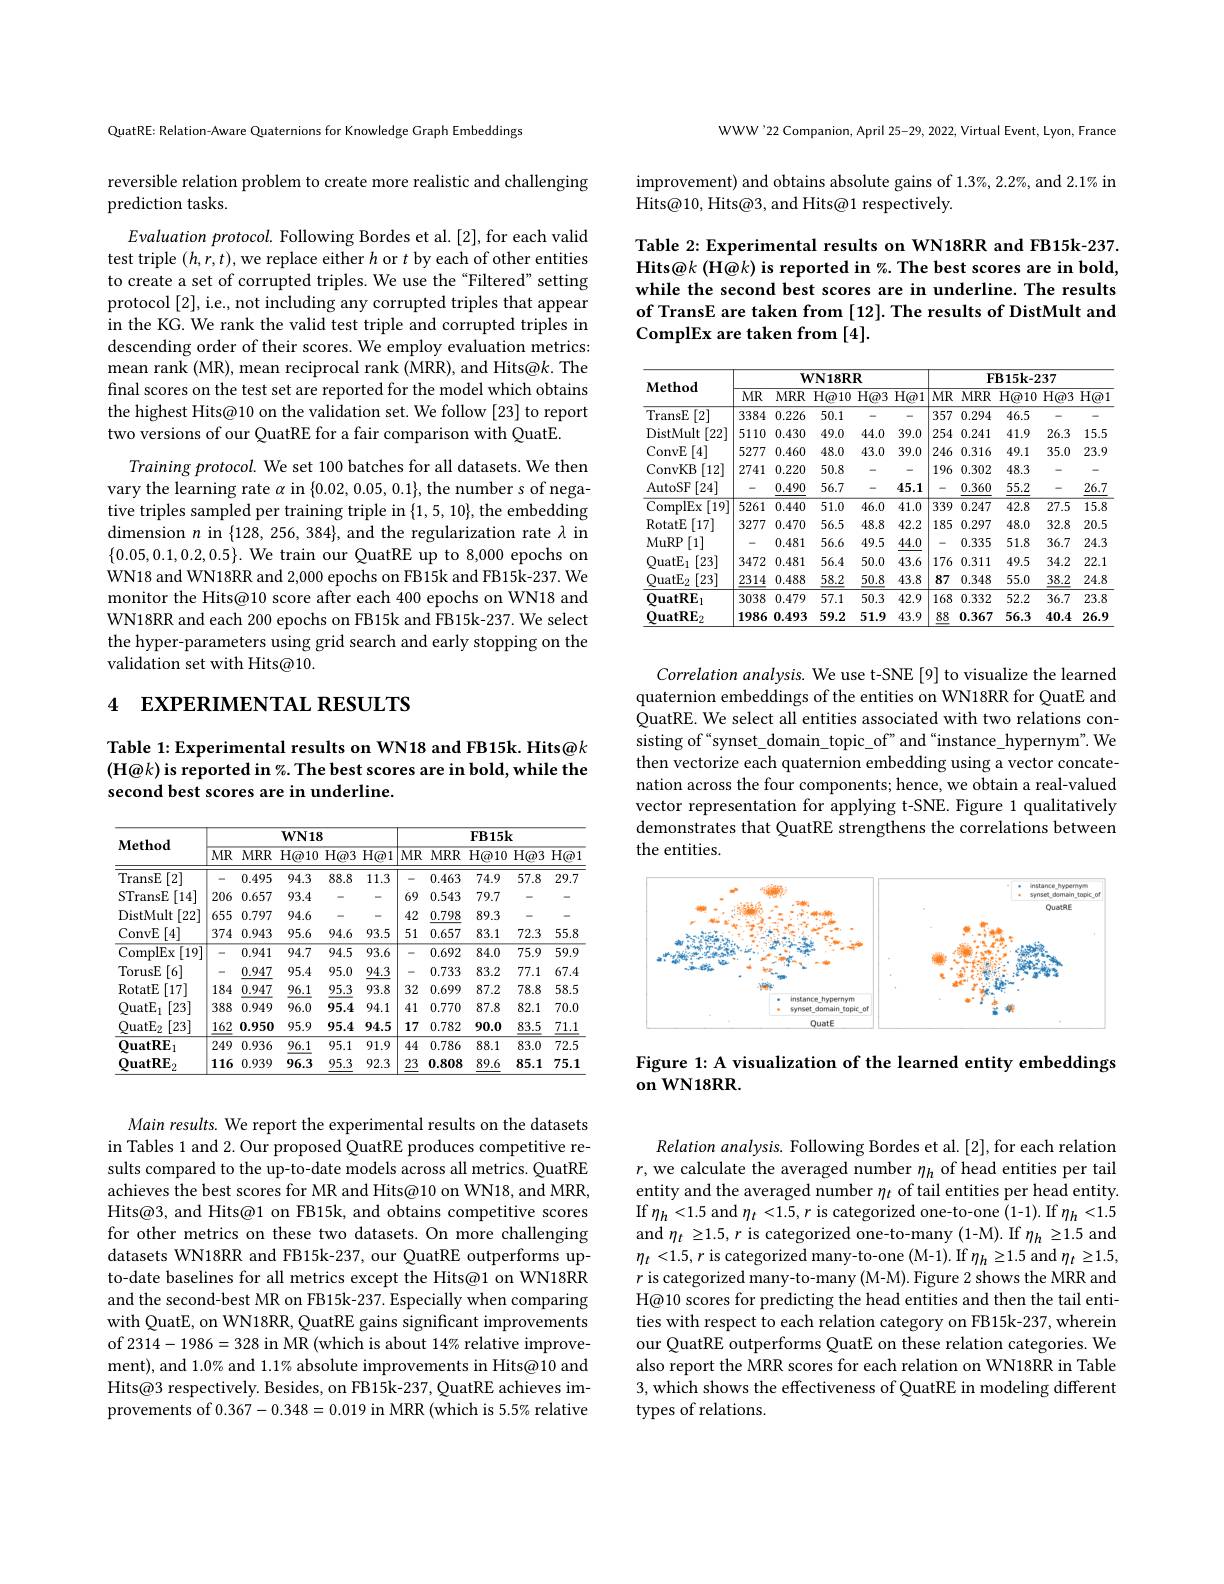
QuatRE: Relation-Aware Quaternions for Knowledge Graph Embeddings

reversible relation problem to create more realistic and challenging
prediction tasks.

Evaluation protocol. Following Bordes et al. [2], for each valid test triple $(h,r,t)$,we replace either $h$ or $t$ by each of other entities to create a set of corrupted triples. We use the“Filtered” setting protocol [2], i.e., not including any corrupted triples that appear in the KG. We rank the valid test triple and corrupted triples in descending order of their scores. We employ evaluation metrics: mean rank (MR), mean reciprocal rank (MRR), and Hits@k. The final scores on the test set are reported for the model which obtains the highest Hits@10 on the validation set. We follow [23] to report two versions of our QuatRE for a fair comparison with QuatE.
Training protocol. We set 100 batches for all datasets. We then vary the learning rate $\alpha$ in $\{0.02,0.05,0.1\}$, the number s of negative triples sampled per training triple in $\{1,5,10\}$, the embedding dimension $n$ in $\{128,256,384\}$, and the regularization rate $\lambda$ in $\{0.05,0.1,0.2,0.5\}.$ We train our QuatRE up to 8,000 epochs on WN18 and WN18RR and 2,000 epochs on FB15k and FB15k-237. We monitor the Hits@10 score after each 400 epochs on WN18 and WN18RR and each 200 epochs on FB15k and FB15k-237. We select the hyper-parameters using grid search and early stopping on the validation set with Hits@10.

# 4 EXPERIMENTAL RESULTS

Table 1: Experimental results on WN18 and FB15k. Hits@k (H@k) is reported in %. The best scores are in bold, while the second best scores are in underline.

<table>
	<tbody>
		<tr>
			<th rowspan="2">Method</th>
			<th colspan="5">$WN18$</th>
			<th colspan="5">$FB15k$</th>
		</tr>
		<tr>
			<th>$\overline{MR}$</th>
			<th>$MRR$</th>
			<th>$\overline{\text{H@}10}$</th>
			<th>$\overline{\text{H@3}}$</th>
			<th>$\overline{\text{H@}1}$</th>
			<th>$\overline{MR}$</th>
			<th>$MRR$</th>
			<th>$\overline{\text{H@}10}$</th>
			<th>$\overline{\text{H@3}}$</th>
			<th>$\overline{\text{H@}1}$</th>
		</tr>
		<tr>
			<td>TransE [2]</td>
			<td>-</td>
			<td>0.495</td>
			<td>94.3</td>
			<td>88.8</td>
			<td>11.3</td>
			<td>-</td>
			<td>0.463</td>
			<td>74.9</td>
			<td>57.8</td>
			<td>29.7</td>
		</tr>
		<tr>
			<td>STransE [14]</td>
			<td>206</td>
			<td>0.657</td>
			<td>93.4</td>
			<td>- </td>
			<td>-</td>
			<td>69</td>
			<td>0.543</td>
			<td>79.7</td>
			<td>-</td>
			<td>-</td>
		</tr>
		<tr>
			<td>[22] DistMult</td>
			<td>655</td>
			<td>0.797</td>
			<td>94.6</td>
			<td>- </td>
			<td>-</td>
			<td>42</td>
			<td>0.798</td>
			<td>89.3</td>
			<td>-</td>
			<td>-</td>
		</tr>
		<tr>
			<td>ConvE [4]</td>
			<td>374</td>
			<td>0.943</td>
			<td>95.6</td>
			<td>94.6</td>
			<td>93.5</td>
			<td>51</td>
			<td>0.657</td>
			<td>83.1</td>
			<td>72.3</td>
			<td>55.8</td>
		</tr>
		<tr>
			<td>ComplEx $\overline{[19]}$</td>
			<td>- - -</td>
			<td>0.941</td>
			<td>94.7</td>
			<td>94.5</td>
			<td>93.6</td>
			<td>-</td>
			<td>0.692</td>
			<td>84.0</td>
			<td>75.9</td>
			<td>59.9</td>
		</tr>
		<tr>
			<td>TorusE [6]</td>
			<td>- -</td>
			<td>0.947</td>
			<td>95.4</td>
			<td>95.0</td>
			<td>94.3</td>
			<td>-</td>
			<td>0.733</td>
			<td>83.2</td>
			<td>77.1</td>
			<td>67.4</td>
		</tr>
		<tr>
			<td>[17] RotatE</td>
			<td>184</td>
			<td>0.947</td>
			<td>96.1</td>
			<td>95.3</td>
			<td>93.8</td>
			<td>32</td>
			<td>0.699</td>
			<td>87.2</td>
			<td>78.8</td>
			<td>58.5</td>
		</tr>
		<tr>
			<td>$\mathrm{QuatE}_{\mathrm{l}}$ [23]</td>
			<td>388</td>
			<td>0.949</td>
			<td>96.0</td>
			<td>95.4</td>
			<td>94.1</td>
			<td>41</td>
			<td>0.770</td>
			<td>87.8</td>
			<td>82.1</td>
			<td>70.0</td>
		</tr>
		<tr>
			<td>$\mathrm{QuatE}_{2}$ [23]</td>
			<td>162</td>
			<td>0.950</td>
			<td>95.9</td>
			<td>95.4</td>
			<td>94.5</td>
			<td>17</td>
			<td>0.782</td>
			<td>90.0</td>
			<td>83.5</td>
			<td>71.1</td>
		</tr>
		<tr>
			<td>$\mathbf{QuatRE}_{1}$</td>
			<td>249</td>
			<td>0.936</td>
			<td>96.1</td>
			<td>95.1</td>
			<td>91.9</td>
			<td>44</td>
			<td>0.786</td>
			<td>88.1</td>
			<td>83.0</td>
			<td>72.5</td>
		</tr>
		<tr>
			<td>OuatRE</td>
			<td>116</td>
			<td>0.939</td>
			<td>96.3</td>
			<td>95.3</td>
			<td>92.3</td>
			<td>23</td>
			<td>0.808</td>
			<td>89.6</td>
			<td>85.1</td>
			<td>75.1</td>
		</tr>
	</tbody>
</table>

Main results. We report the experimental results on the datasets in Tables 1 and 2. Our proposed QuatRE produces competitive results compared to the up-to-date models across all metrics. QuatRE achieves the best scores for MR and Hits@10 on WN18, and MRR, Hits@3, and Hits@1 on FB15k, and obtains competitive scores for other metrics on these two datasets. On more challenging datasets WN18RR and FB15k-237, our QuatRE outperforms upto-date baselines for all metrics except the Hits@1 on WN18RR and the second-best MR on FB15k-237. Especially when comparing with QuatE, on WN18RR, QuatRE gains significant improvements of 2314-1986=328 in MR (which is about 14% relative improvement), and 1.0% and 1.1% absolute improvements in Hits@10 and Hits@3 respectively. Besides, on FB15k-237, QuatRE achieves improvements of 0.367-0.348=0.019 in MRR (which is 5.5% relative

WWW'22 Companion, April 25-29, 2022, Virtual Event, Lyon, France

improvement) and obtains absolute gains of 1.3%, 2.2%, and 2.1% in
Hits@10, Hits@3, and Hits@1 respectively.

Table 2: Experimental results on WN18RR and FB15k-237. Hits@k (H@k) is reported in %. The best scores are in bold, while the second best scores are in underline. The results of TransE are taken from [12]. The results of DistMult and ComplEx are taken from [4].

<table>
	<tbody>
		<tr>
			<th rowspan="2">Method</th>
			<th colspan="5">$WN18RR$</th>
			<th colspan="5">FB15k-237</th>
		</tr>
		<tr>
			<th>MR</th>
			<th>$MRR$</th>
			<th>$\overline{\text{H@}10}$</th>
			<th>$\overline{H@3}$</th>
			<th>$\overline{\text{H@}1}$</th>
			<th>$\overline{MR}$</th>
			<th>MRR</th>
			<th>$\overline{\text{H@}10}$</th>
			<th>$\overline{H@3}$</th>
			<th>$\overline{\text{H@}1}$</th>
		</tr>
		<tr>
			<td>TransE $\overline{[2]}$</td>
			<td>3384</td>
			<td>0.226</td>
			<td>50.1</td>
			<td>- </td>
			<td>- </td>
			<td>357</td>
			<td>0.294</td>
			<td>46.5</td>
			<td>-</td>
			<td>-</td>
		</tr>
		<tr>
			<td>[22 DistMult</td>
			<td>5110</td>
			<td>0.430</td>
			<td>49.0</td>
			<td>44.0</td>
			<td>39.0</td>
			<td>254</td>
			<td>0.241</td>
			<td>41.9</td>
			<td>26.3</td>
			<td>15.5</td>
		</tr>
		<tr>
			<td>ConvE 4</td>
			<td>5277</td>
			<td>0.460</td>
			<td>48.0</td>
			<td>43.0</td>
			<td>39.0</td>
			<td>246</td>
			<td>0.316</td>
			<td>49.1</td>
			<td>35.0</td>
			<td>23.9</td>
		</tr>
		<tr>
			<td>ConvKB [12]</td>
			<td>2741</td>
			<td>0.220</td>
			<td>50.8</td>
			<td>- </td>
			<td>-</td>
			<td>196</td>
			<td>0.302</td>
			<td>48.3</td>
			<td>-</td>
			<td>-</td>
		</tr>
		<tr>
			<td>[24] AutoSF</td>
			<td>-</td>
			<td>0.490</td>
			<td>56.7</td>
			<td>- -</td>
			<td>45.1</td>
			<td> </td>
			<td>0.360</td>
			<td>55.2</td>
			<td>-</td>
			<td>26.7</td>
		</tr>
		<tr>
			<td>ComplEx [19]</td>
			<td>5261</td>
			<td>0.440</td>
			<td>51.0</td>
			<td>46.0</td>
			<td>41.0</td>
			<td>339</td>
			<td>0.247</td>
			<td>42.8</td>
			<td>27.5</td>
			<td>15.8</td>
		</tr>
		<tr>
			<td>[17] RotatE</td>
			<td>3277</td>
			<td>0.470</td>
			<td>56.5</td>
			<td>48.8</td>
			<td>42.2</td>
			<td>185</td>
			<td>0.297</td>
			<td>48.0</td>
			<td>32.8</td>
			<td>20.5</td>
		</tr>
		<tr>
			<td>[1] MuRP</td>
			<td>-</td>
			<td>0.481</td>
			<td>56.6</td>
			<td>49.5</td>
			<td>44.0</td>
			<td> </td>
			<td>0.335</td>
			<td>51.8</td>
			<td>36.7</td>
			<td>24.3</td>
		</tr>
		<tr>
			<td>$QuatE_1$ [23]</td>
			<td>3472</td>
			<td>0.481</td>
			<td>56.4</td>
			<td>50.0</td>
			<td>43.6</td>
			<td>176</td>
			<td>0.311</td>
			<td>49.5</td>
			<td>34.2</td>
			<td>22.1</td>
		</tr>
		<tr>
			<td>$QuatE_2$ [23]</td>
			<td>2314</td>
			<td>0.488</td>
			<td>58.2</td>
			<td>50.8</td>
			<td>43.8</td>
			<td>87</td>
			<td>0.348</td>
			<td>55.0</td>
			<td>38.2</td>
			<td>24.8</td>
		</tr>
		<tr>
			<td>$\mathbf{QuatRE}_{1}$</td>
			<td>3038</td>
			<td>0.479</td>
			<td>57.1</td>
			<td>50.3</td>
			<td>42.9</td>
			<td>168</td>
			<td>0.332</td>
			<td>52.2</td>
			<td>36.7</td>
			<td>23.8</td>
		</tr>
		<tr>
			<td>$\mathbf{QuatRE}_{2}$</td>
			<td>1986</td>
			<td>0.493</td>
			<td>59.2</td>
			<td>51.9</td>
			<td>43.9</td>
			<td>88</td>
			<td>0.367</td>
			<td>56.3</td>
			<td>40.4</td>
			<td>26.9</td>
		</tr>
	</tbody>
</table>

Correlation analysis. We use t-SNE [9] to visualize the learned quaternion embeddings of the entities on WN18RR for QuatE and QuatRE. We select all entities associated with two relations consisting of “synset\_domain\_topic\_of”and“instance\_hypernym”. We then vectorize each quaternion embedding using a vector concatenation across the four components; hence, we obtain a real-valued vector representation for applying t-SNE. Figure 1 qualitatively demonstrates that QuatRE strengthens the correlations between the entities.

<FigureHere>

Figure 1: A visualization of the learned entity embeddings
$\textbf{on WN18RR}.$

Relation analysis. Following Bordes et al. [2],for each relation $r$, we calculate the averaged number $\eta_h$ of head entities per tail entity and the averaged number $\eta_t$ of tail entities per head entity. If $\eta_{h}<1.5$ and $\eta_{t}<1.5,r$ is categorized one-to-one (1-1). If $\eta_{h}<1.5$ and $\eta_t\geq1.5,r$ is categorized one-to-many (1-M). If $\eta_h\geq1.5$ and $\eta_{t}<1.5,r$ is categorized many-to-one (M-1). If $\eta_h\geq1.5$ and $\eta_t\geq1.5$, $r$ is categorized many-to-many (M-M). Figure 2 shows the MRR and H@10 scores for predicting the head entities and then the tail entities with respect to each relation category on FB15k-237, wherein our QuatRE outperforms QuatE on these relation categories. We also report the MRR scores for each relation on WN18RR in Table 3, which shows the effectiveness of QuatRE in modeling different types of relations.